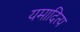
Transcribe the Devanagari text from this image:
यमादित्य